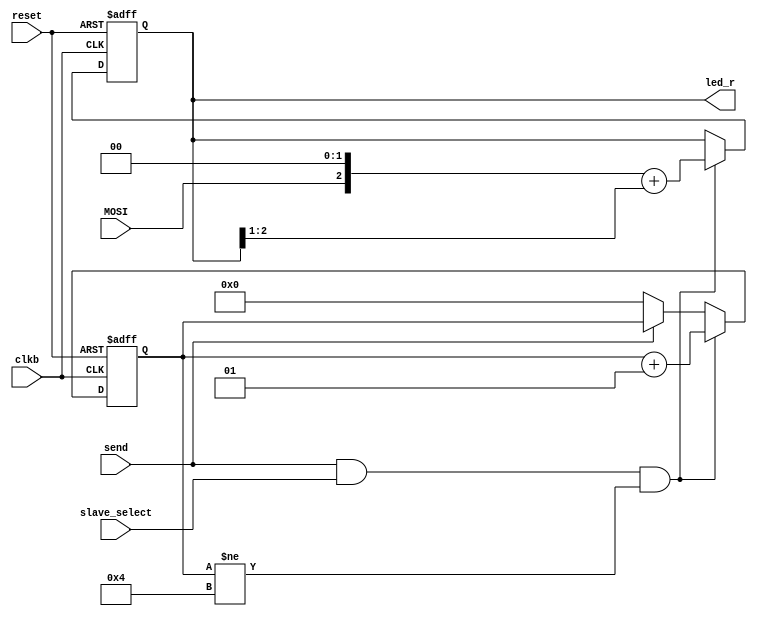

module slave1(
    input clkb,
    input reset,
    input send,
    input slave_select,
    input MOSI,
    
    output reg [2:0] led_r
    );
integer count;

always @(posedge clkb or posedge reset) begin
    if (reset) begin
        led_r <= 3'b000;
        count <= 0;
    end else if (send && slave_select && (count != 4)) begin
        led_r <= (MOSI << 2) + (led_r >> 1);
        count <= count + 1;
/*    end else if (send && slave_select && (count == 1)) begin
        led_r[2] <= MOSI;
        led_r[1] <= led_r[2];
        led_r[0] <= led_r[1];
        count <= count + 1;
    end else if (send && slave_select && (count == 2)) begin
        led_r[2] <= MOSI;
        led_r[1] <= led_r[2];
        led_r[0] <= led_r[1];

        count <= count + 1; */
    end else if (!send) begin
        count <= 0;
    end
end

endmodule

module slave2(
    input clkb,
    input reset,
    input send,
    input slave_select,
    input MOSI,
    
    output reg [2:0] led_r
    );
integer count;

always @(posedge clkb or posedge reset) begin
    if (reset) begin
        led_r <= 3'b000;
        count <= 0;
    end else if (send && !slave_select && (count != 4)) begin
        led_r <= (MOSI << 2) + (led_r >> 1);
        count <= count + 1;
/*    end else if (send && !slave_select && (count == 1)) begin
        led_r[2] <= MOSI;
        led_r[1] <= led_r[2];
        led_r[0] <= led_r[1];
        count <= count + 1;
    end else if (send && !slave_select && (count == 2)) begin
        led_r[2] <= MOSI;
        led_r[1] <= led_r[2];
        led_r[0] <= led_r[1];
        count <= count + 1;
    end else begin
        led_r <= led_r;
        count <= 0; */
    end else if (!send) begin
        count <= 0;
    end
end    
    
endmodule